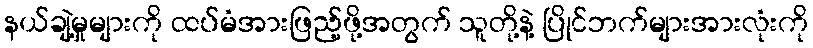
နယ်ချဲ့မှုများကို ထပ်မံအားဖြည့်ဖို့အတွက် သူတို့နဲ့ ပြိုင်ဘက်များအားလုံးကို